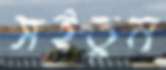
সইতুম